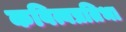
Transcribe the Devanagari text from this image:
कवित्वप्रतिभा